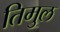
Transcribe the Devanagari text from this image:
तिमुल